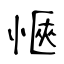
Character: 愜